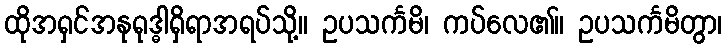
ထိုအရှင်အနုရုဒ္ဓါရှိရာအရပ်သို့။ ဥပသင်္ကမိ၊ ကပ်လေ၏။ ဥပသင်္ကမိတွာ၊